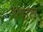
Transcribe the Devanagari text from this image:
पच्चतं